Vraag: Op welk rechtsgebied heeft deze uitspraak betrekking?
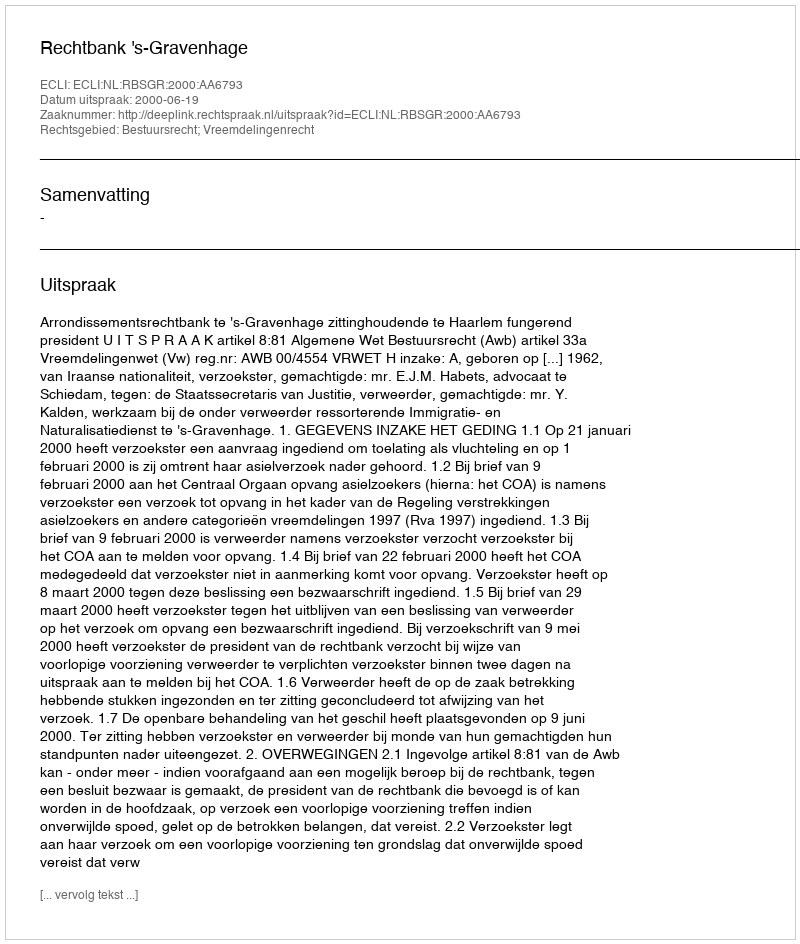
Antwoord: Bestuursrecht; Vreemdelingenrecht